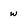
Character: w